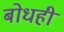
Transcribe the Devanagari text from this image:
बोधही